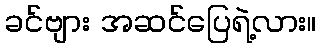
ခင်ဗျား အဆင်ပြေရဲ့လား။